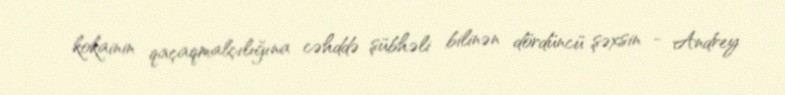
kokainin qaçaqmalçılığına cəhddə şübhəli bilinən dördüncü şəxsin - Andrey